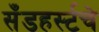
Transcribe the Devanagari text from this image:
सँडहर्स्टचे